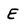
Character: E